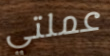
عملتي